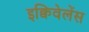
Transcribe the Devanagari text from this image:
इक्विवेलेंस